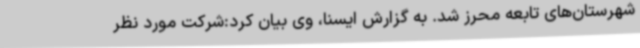
شهرستان‌های تابعه محرز شد. به گزارش ایسنا، وی بیان کرد:شرکت مورد نظر